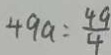
4 9 a = \frac { 4 9 } { 4 }